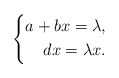
\begin{align*}\left\{\begin{aligned}a+bx=\lambda,\\dx=\lambda x.\end{aligned}\right.\end{align*}